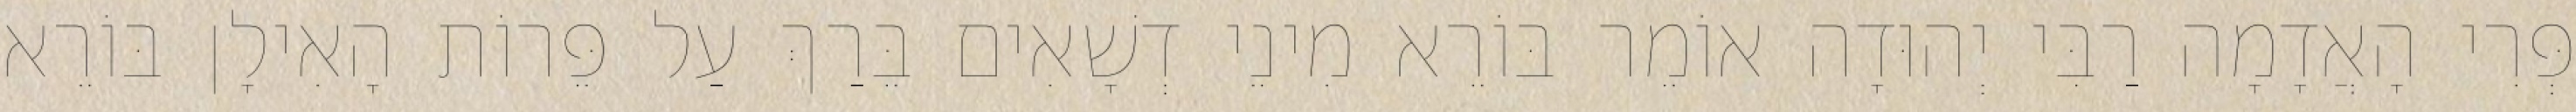
פְּרִי הָאֲדָמָה רַבִּי יְהוּדָה אוֹמֵר בּוֹרֵא מִינֵי דְשָׁאִים בֵּרַךְ עַל פֵּרוֹת הָאִילָן בּוֹרֵא